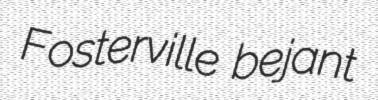
Fosterville bejant